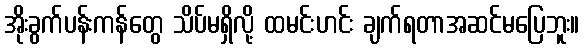
အိုးခွက်ပန်းကန်တွေ သိပ်မရှိလို့ ထမင်းဟင်း ချက်ရတာအဆင်မပြေဘူး။